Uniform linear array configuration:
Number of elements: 8
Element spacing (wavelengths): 0.75
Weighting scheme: uniform
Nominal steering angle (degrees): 0
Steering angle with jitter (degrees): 1.324
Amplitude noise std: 0.05
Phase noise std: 0.05

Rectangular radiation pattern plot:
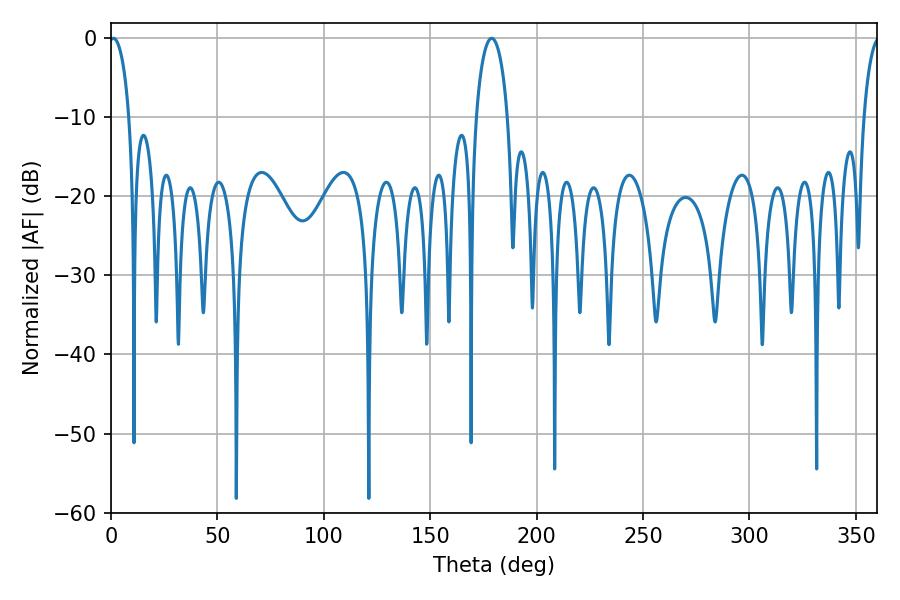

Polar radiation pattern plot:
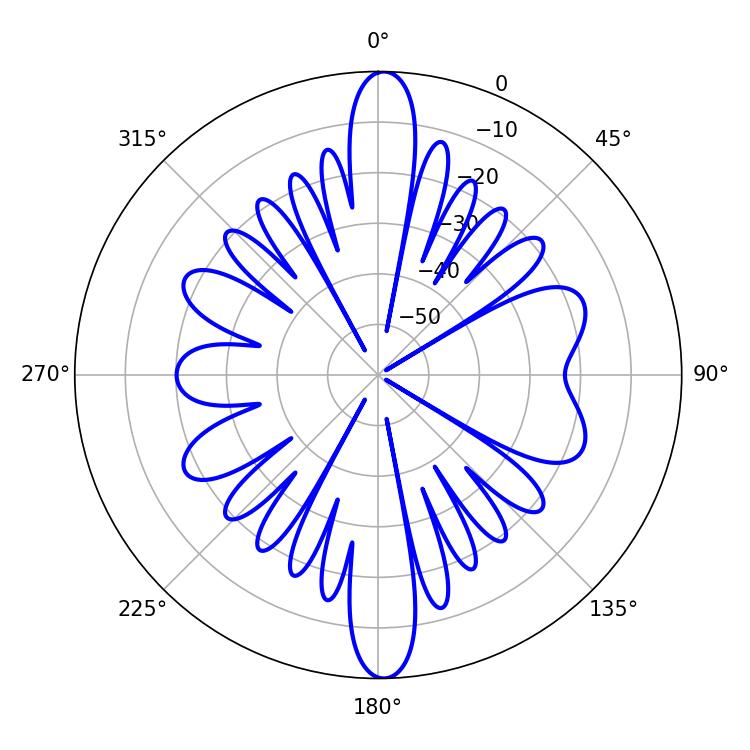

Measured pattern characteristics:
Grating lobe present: TRUE
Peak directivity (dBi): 22.669
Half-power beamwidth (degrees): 5.4
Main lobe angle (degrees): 1.08